Report of the Indian Hemp Drugs Commission, 1894-1895 - Volume I
Year: 1894
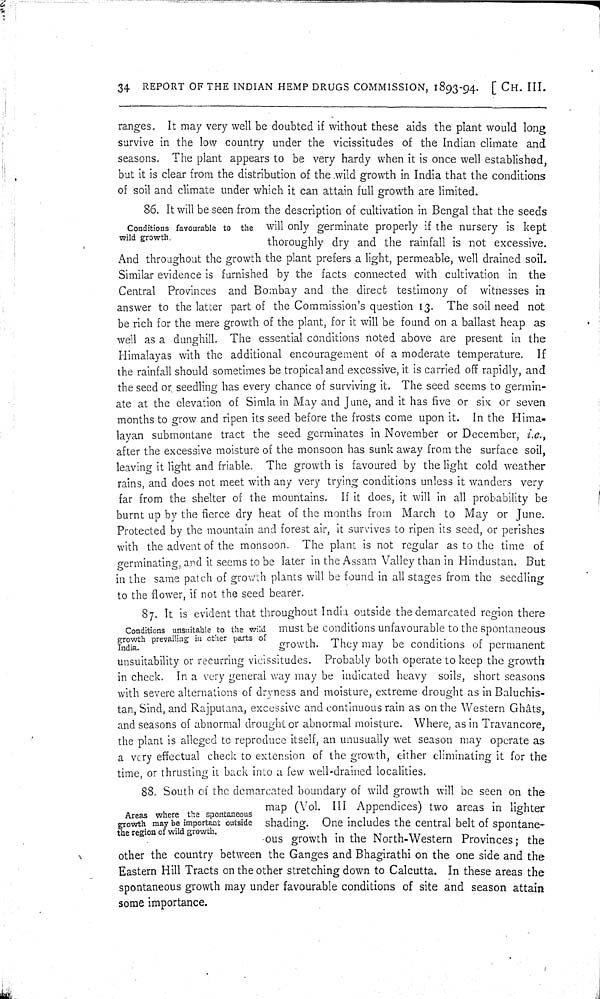
34 REPORT OF THE INDIAN HEMP DRUGS COMMISSION, 1893-94. [CH. III.
ranges. It may very well be doubted if without these aids the plant would long
survive in the low country under the vicissitudes of the Indian climate and
seasons. The plant appears to be very hardy when it is once well established,
but it is clear from the distribution of the wild growth in India that the conditions
of soil and climate under which it can attain full growth are limited.
Conditions favourable to the
wild growth.
86. It will be seen from the description of cultivation in Bengal that the seeds
will only germinate properly if the nursery is kept
thoroughly dry and the rainfall is not excessive.
And throughout the growth the plant prefers a light, permeable, well drained soil.
Similar evidence is furnished by the facts connected with cultivation in the
Central Provinces and Bombay and the direct testimony of witnesses in
answer to the latter part of the Commission's question 13. The soil need not
be rich for the mere growth of the plant, for it will be found on a ballast heap as
well as a dunghill. The essential conditions noted above are present in the
Himalayas with the additional encouragement of a moderate temperature. If
the rainfall should sometimes be tropical and excessive, it is carried off rapidly, and
the seed or seedling has every chance of surviving it. The seed seems to germin-
ate at the elevation of Simla in May and June, and it has five or six or seven
months to grow and ripen its seed before the frosts come upon it. In the Hima-
layan submontane tract the seed germinates in November or December, i.e.,
after the excessive moisture of the monsoon has sunk away from the surface soil,
leaving it light and friable. The growth is favoured by the light cold weather
rains, and does not meet with any very trying conditions unless it wanders very
far from the shelter of the mountains. If it does, it will in all probability be
burnt up by the fierce dry heat of the months from March to May or June.
Protected by the mountain and forest air, it survives to ripen its seed, or perishes
with the advent of the monsoon. The plant is not regular as to the time of
germinating, and it seems to be later in the Assam Valley than in Hindustan. But
in the same patch of growth plants will be found in all stages from the seedling
to the flower, if not the seed bearer.
Conditions unsuitable to the wild
growth prevailing in other parts of
India.
87. It is evident that throughout India outside the demarcated region there
must be conditions unfavourable to the spontaneous
growth. They may be conditions of permanent
unsuitability or recurring vicissitudes. Probably both operate to keep the growth
in check. In a very general way may be indicated heavy soils, short seasons
with severe alternations of dryness and moisture, extreme drought as in Baluchis-
tan, Sind, and Rajputana, excessive and continuous rain as on the Western Ghâts,
and seasons of abnormal drought or abnormal moisture. Where, as in Travancore,
the plant is alleged to reproduce itself, an unusually wet season may operate as
a very effectual check to extension of the growth, either eliminating it for the
time, or thrusting it back into a few well-drained localities.
Areas where the spontaneous
growth may be important outside
the region of wild growth.
88. South of the demarcated boundary of wild growth will be seen on the
map (Vol. III Appendices) two areas in lighter
shading. One includes the central belt of spontane-
ous growth in the North-Western Provinces; the
other the country between the Ganges and Bhagirathi on the one side and the
Eastern Hill Tracts on the other stretching down to Calcutta. In these areas the
spontaneous growth may under favourable conditions of site and season attain
some importance.